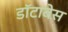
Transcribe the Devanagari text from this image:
डॉटाबेस